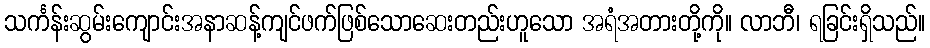
သင်္ကန်းဆွမ်းကျောင်းအနာဆန့်ကျင်ဖက်ဖြစ်သောဆေးတည်းဟူသော အရံအတားတို့ကို။ လာဘီ၊ ရခြင်းရှိသည်။